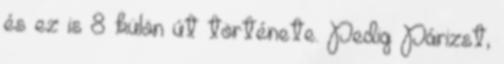
és ez is 8 külön út története. Pedig Párizst,